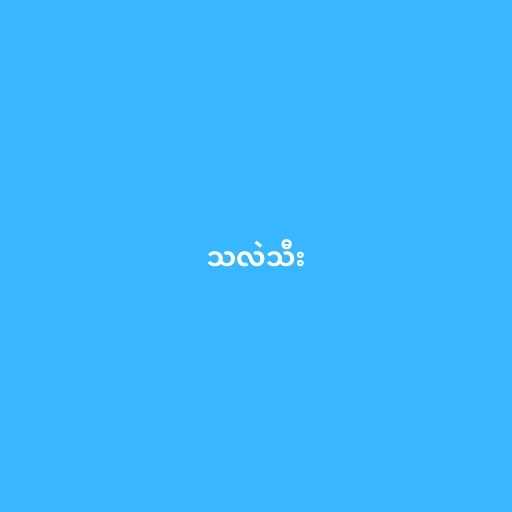
သလဲသီး